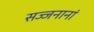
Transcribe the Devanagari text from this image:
सज्जनानां